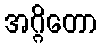
အဂ္ဂိတော